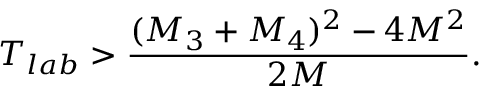
T _ { l a b } > \frac { ( M _ { 3 } + M _ { 4 } ) ^ { 2 } - 4 M ^ { 2 } } { 2 M } .